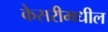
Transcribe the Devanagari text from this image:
केसरीमधील